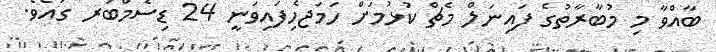
ބާއްވާ މި މުބާރާތުގެ ފައިނަލް މެޗް ކުޅުމަށް ހަމަޖެހިފައިވަނީ 24 ޑިސެމްބަރ ގައެވެ.